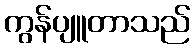
ကွန်ပျူတာသည်